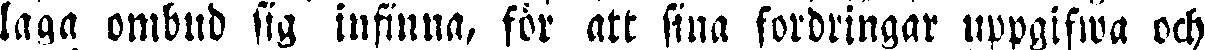
laga ombud sig infinna, för att sina fordringar uppgifwa och